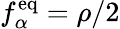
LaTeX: f_{\alpha}^{\mathrm{eq}}=\rho/2